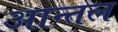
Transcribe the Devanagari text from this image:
आन्तल